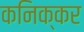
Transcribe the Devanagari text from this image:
कनिक्कर